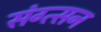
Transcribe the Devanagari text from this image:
संग्त्सन